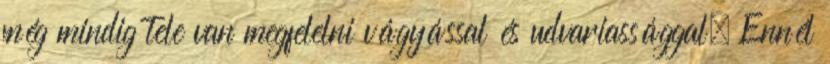
még mindig tele van megfelelni vágyással és udvariassággal. Ennél